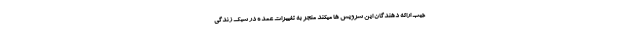
جیب ارائه دهندگان این سرویس ها میکند منجر به تغییرات عمده در سبک زندگی